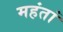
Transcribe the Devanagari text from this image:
महंतां